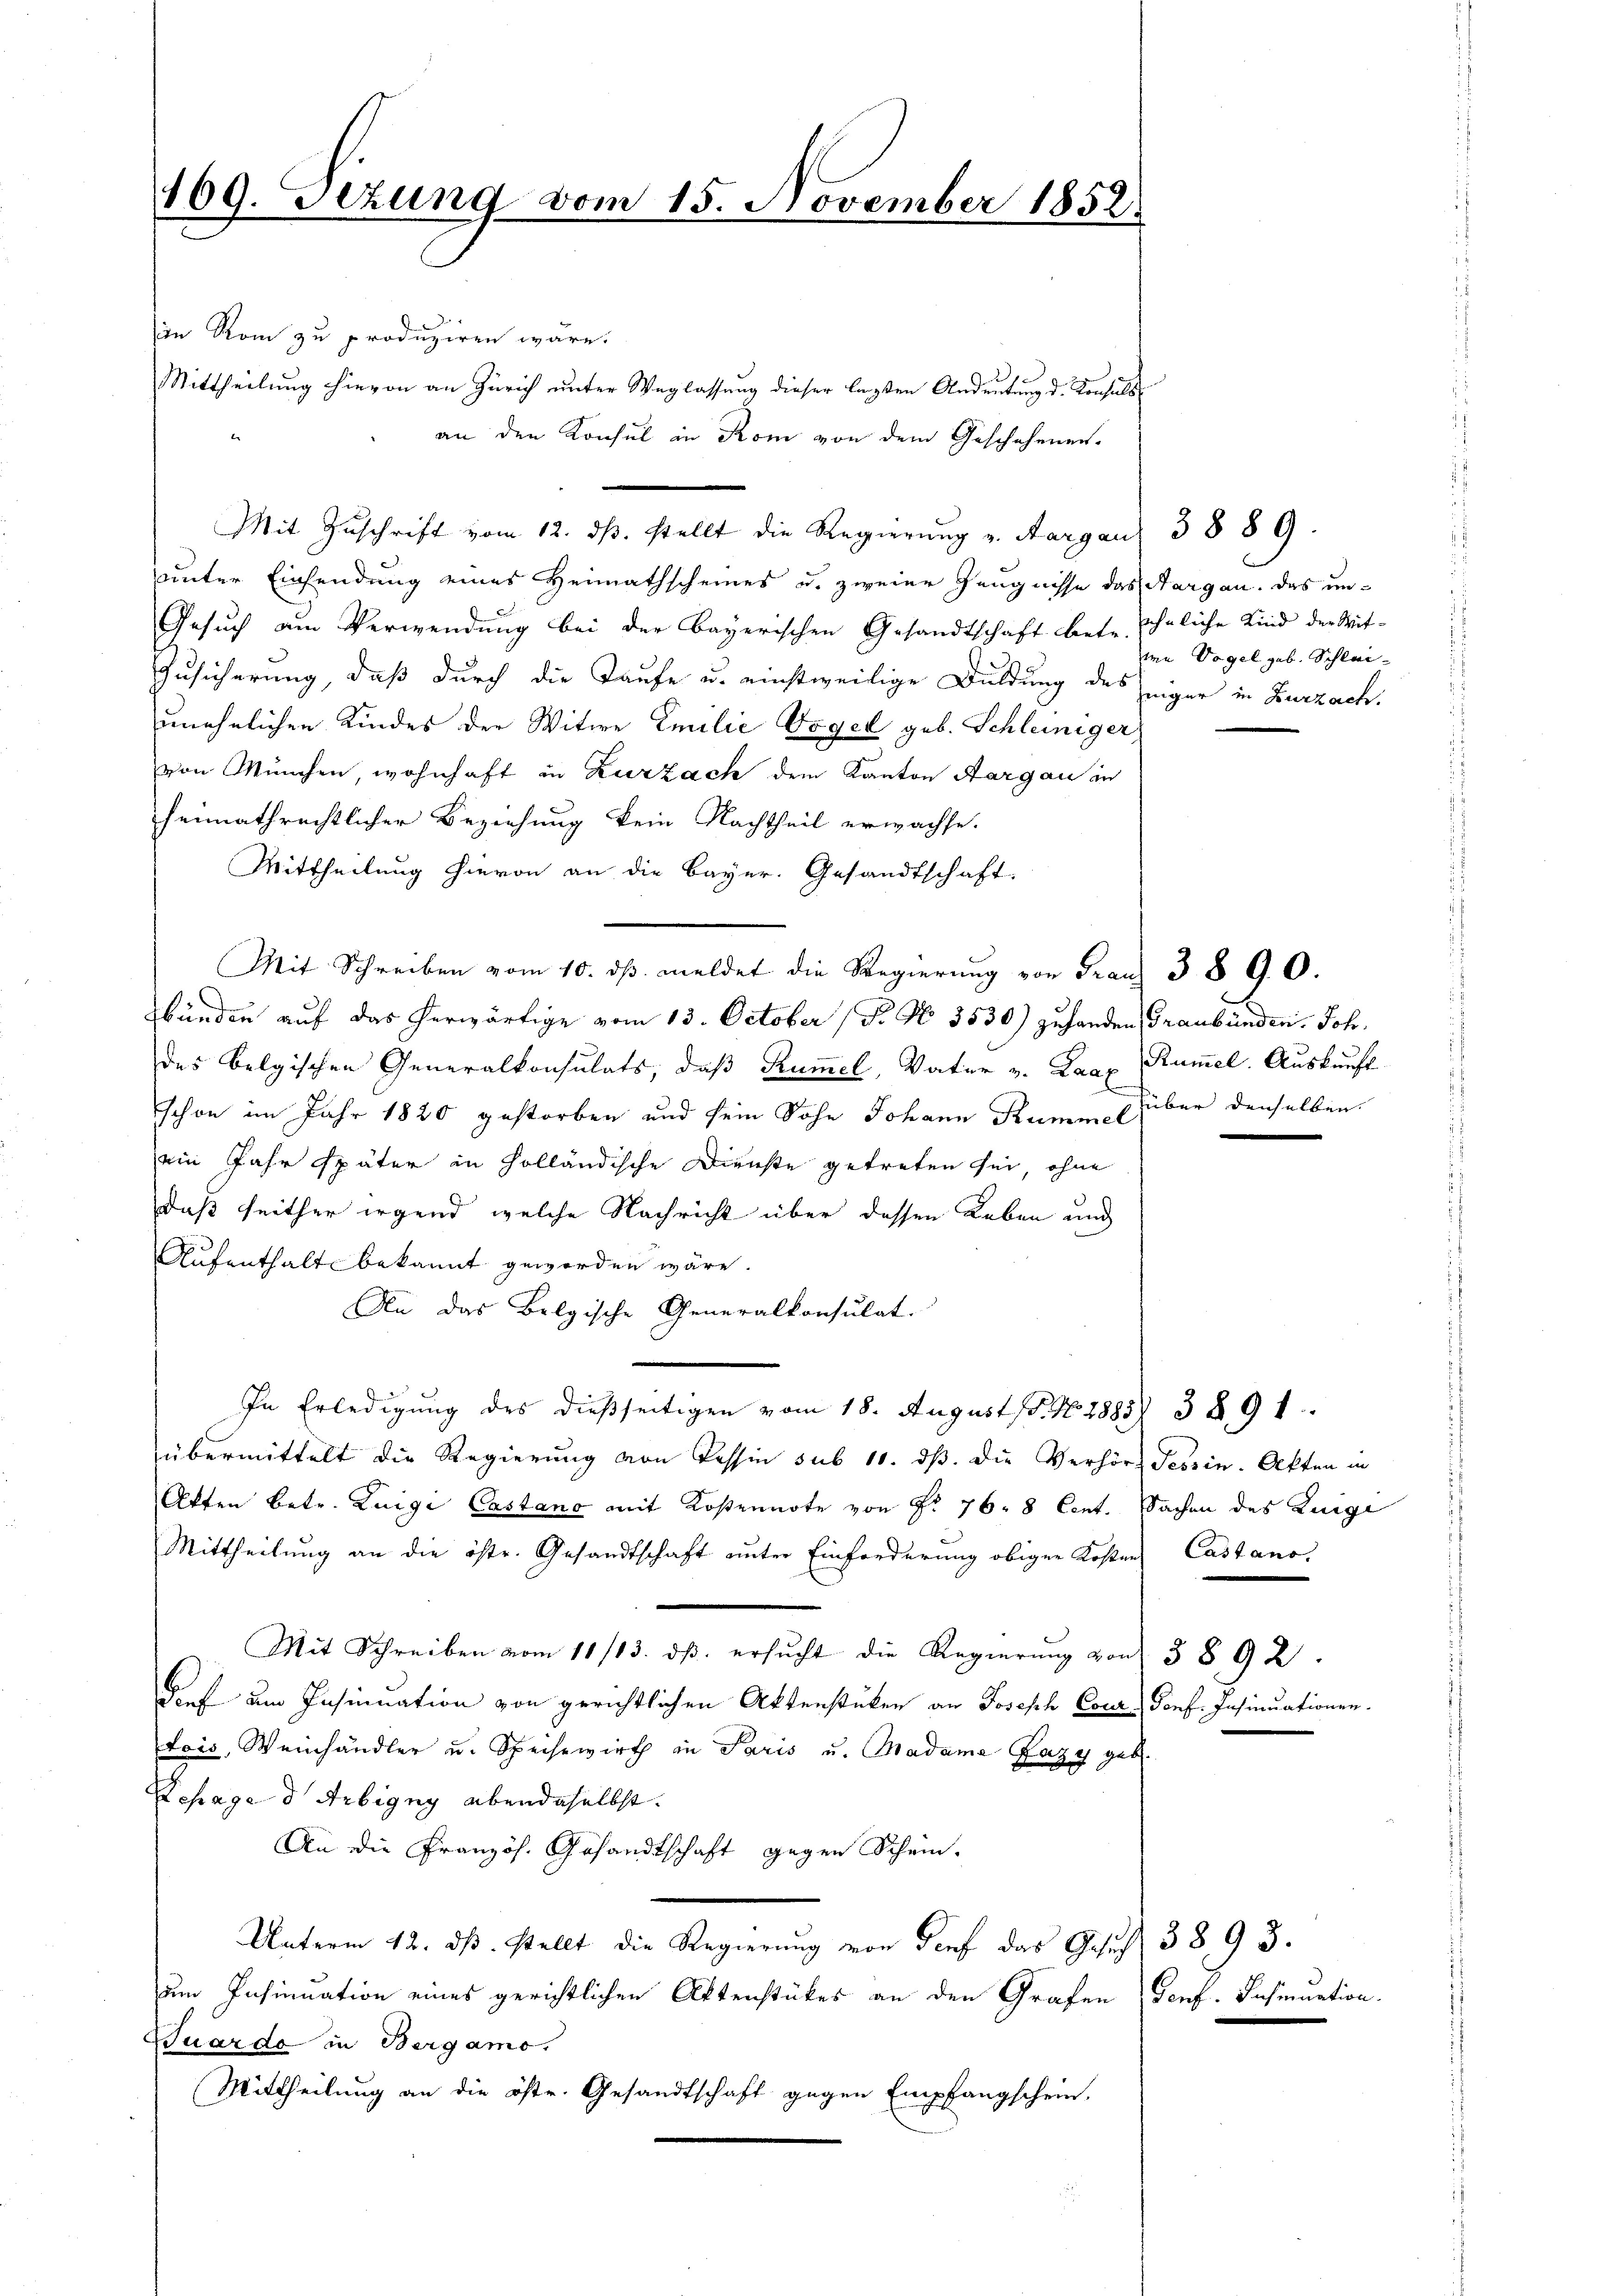
169. Sizung vom 15. November 1852.

in Rom zu produziren wäre.
Mittheilung hievon an Zürich unter Weglassung dieser legten Andeutung d. Konfels
an den Konsul in Rom von dem Geschehenen.
Mit Zuschrift vom 12. dβ. stellt die Regierung v. Aargau 3889.
unter Einsendung eines Heimathscheines u. zweier Zeugnisse das Aargau. Das un¬
Gesuch am Verwendung bei der bayerischen Gesandtschaft betr. ähnliche Kind der Mit¬
Zusicherung, daß durch die Taufe u. einstweilige Duldung des eiger in Zurzach.
unehelichen Kindes der Witwe Emilie Vogel geb. Schleiniger
von München, wohnhaft in Zurzach dem Kanton Aargau in
heimathrechtlicher Beziehung kein Nachtheil erwachse.
Mittheilung hievon an die Bayer. Gesandtschaft.
Mit Schreiben vom 10. ds. meldet die Regierung von Grauz 3890.
bänden auf das herwärtige vom 13. October (Po No. 3530) zuhanden Graubünden. Joh.
des belgischen Generalkonsulats, daß Rumel, Vater v. Laax Rümel. Auskunft
schon im Jahr 1820 gestorben und sein Sohn Johann Kumme über denselben
ein Jahr später in Holländische Dienste getreten sei, ohne
daß seither irgend welche Nachricht über dessen Leben und
Aufenthalt bekannt geworden wäre.
An das Belgische Generalkonsulat
In Erledigung des dießseitigen vom 18. August (T. No. 1885) 3891.
übermittelt die Regierung von Tessin sub 10. dβ. die Verhör Tessin. Akten in
Atten betr. Luige Castano mit Kostennote von § 76. 8 Cent. Sachen des Luige
Mittheilung an die östr. Gesandtschaft unter Einforderung obigen Kosten Castanoe
Mit Schreiben vom 11/13. dβ ersŭcht die Regierŭng von 3 § 92.
Dief am Insinuation von gerichtlichen Aktenstücken an Joseph Cour, Porf. Insinuationen
tais, Weinhändler u. Speisewirth in Paris u. Madame Fazy geb.
Schrage d Arbigny ebendaselbst.
An die Französ. Gesandtschaft gegen Schein.
Unterm 12. dβ stellt die Regierŭng von Genf das Gesuch 3893.
um Insinuation eines gerichtlichen Aktenstückes an den Grafen (Genf. Insinuation
Suardo in Bergamo
Mittheilung an die östr. Gesandtschaft gegen Empfangschein.

ie Vogel geb. Schlei-